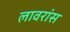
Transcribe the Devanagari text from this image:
लावरांस